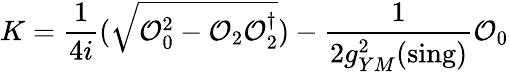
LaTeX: K=\frac{1}{4i}(\sqrt{{\cal O}_{0}^{2}-{\cal O}_{2}{\cal O}_{2}^{\dagger}})-\frac{1}{2g_{YM}^{2}(\mathrm{sing})}{\cal O}_{0}